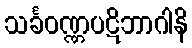
သင်္ခဝဏ္ဏပဋိဘာဂါနိ